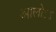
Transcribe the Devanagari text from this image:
आलोऽऽ